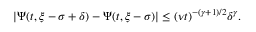
| \Psi ( t , \xi - \sigma + \delta ) - \Psi ( t , \xi - \sigma ) | \leq ( \nu t ) ^ { - ( \gamma + 1 ) / 2 } \delta ^ { \gamma } .